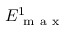
E _ { \mathrm { ~ m ~ a ~ x ~ } } ^ { 1 }